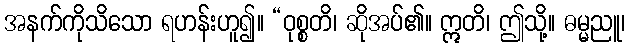
အနက်ကိုသိသော ရဟန်းဟူ၍။ “ဝုစ္စတိ၊ ဆိုအပ်၏။ ဣတိ၊ ဤသို့။ ဓမ္မညူ၊